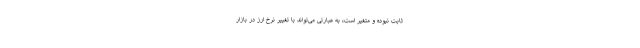
ثابت نبوده و متغیر است، به عبارتی می‌تواند با تغییر نرخ ارز در بازار